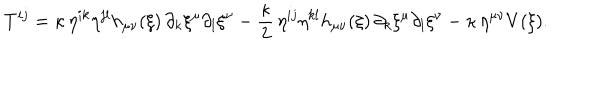
LaTeX: T ^ { i j } = \kappa \, \eta ^ { i k } \eta ^ { j l } h _ { \mu \nu } ( \xi ) \, \partial _ { k } \xi ^ { \mu } \partial _ { l } \xi ^ { \nu } - \frac { \kappa } { 2 } \, \eta ^ { i j } \eta ^ { k l } h _ { \mu \nu } ( \xi ) \, \partial _ { k } \xi ^ { \mu } \partial _ { l } \xi ^ { \nu } - \kappa \, \eta ^ { \mu \nu } V ( \xi ) .